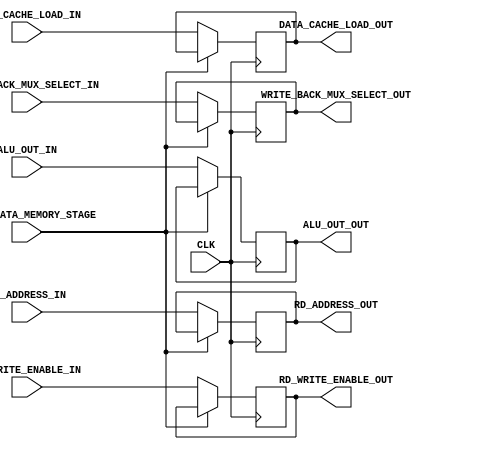
module DATA_MEMORY_STAGE #(
        parameter   DATA_WIDTH              = 32        ,
        parameter   REG_ADD_WIDTH           = 5         ,
        parameter   D_CACHE_LW_WIDTH        = 3         ,
        
        parameter   HIGH                    = 1'b1      ,
        parameter   LOW                     = 1'b0
    ) (
        input                                   CLK                         ,
        input                                   STALL_DATA_MEMORY_STAGE     ,
        input   [REG_ADD_WIDTH - 1      : 0]    RD_ADDRESS_IN               ,
        input   [DATA_WIDTH - 1         : 0]    ALU_OUT_IN                  ,
        input   [D_CACHE_LW_WIDTH - 1   : 0]    DATA_CACHE_LOAD_IN          ,
        input                                   WRITE_BACK_MUX_SELECT_IN    ,
        input                                   RD_WRITE_ENABLE_IN          ,
        output  [REG_ADD_WIDTH - 1      : 0]    RD_ADDRESS_OUT              ,
        output  [DATA_WIDTH - 1         : 0]    ALU_OUT_OUT                 ,
        output  [D_CACHE_LW_WIDTH - 1   : 0]    DATA_CACHE_LOAD_OUT         ,
        output                                  WRITE_BACK_MUX_SELECT_OUT   ,
        output                                  RD_WRITE_ENABLE_OUT              
    );
    
    reg     [REG_ADD_WIDTH - 1      : 0]    rd_address_reg                  ;
    reg     [DATA_WIDTH - 1         : 0]    alu_out_reg                     ;
    reg     [D_CACHE_LW_WIDTH - 1   : 0]    data_cache_load_reg             ;
    reg                                     write_back_mux_select_reg       ;
    reg                                     rd_write_enable_reg             ;         
    
    always@(posedge CLK) 
    begin
        if(STALL_DATA_MEMORY_STAGE == LOW)
        begin
            rd_address_reg              <= RD_ADDRESS_IN                    ;
            alu_out_reg                 <= ALU_OUT_IN                       ;
            data_cache_load_reg         <= DATA_CACHE_LOAD_IN               ;
            write_back_mux_select_reg   <= WRITE_BACK_MUX_SELECT_IN         ;
            rd_write_enable_reg         <= RD_WRITE_ENABLE_IN               ;
        end
    end
    
    assign RD_ADDRESS_OUT               = rd_address_reg                    ;
    assign ALU_OUT_OUT                  = alu_out_reg                       ;
    assign DATA_CACHE_LOAD_OUT          = data_cache_load_reg               ;
    assign WRITE_BACK_MUX_SELECT_OUT    = write_back_mux_select_reg         ;
    assign RD_WRITE_ENABLE_OUT          = rd_write_enable_reg               ;
    
endmodule